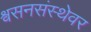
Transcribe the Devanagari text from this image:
श्वसनसंस्थेवर